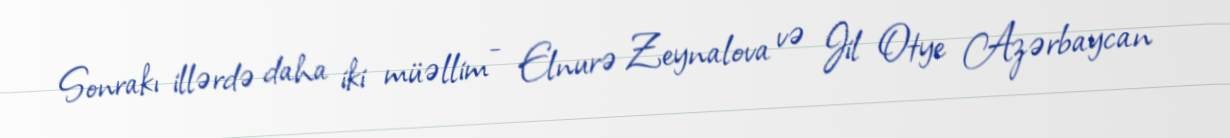
Sonrakı illərdə daha iki müəllim - Elnurə Zeynalova və Jil Otye Azərbaycan